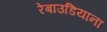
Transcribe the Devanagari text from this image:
रेबाउडियाना